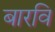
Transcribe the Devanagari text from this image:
बारवि